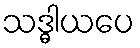
သဒ္ဓါယပေ